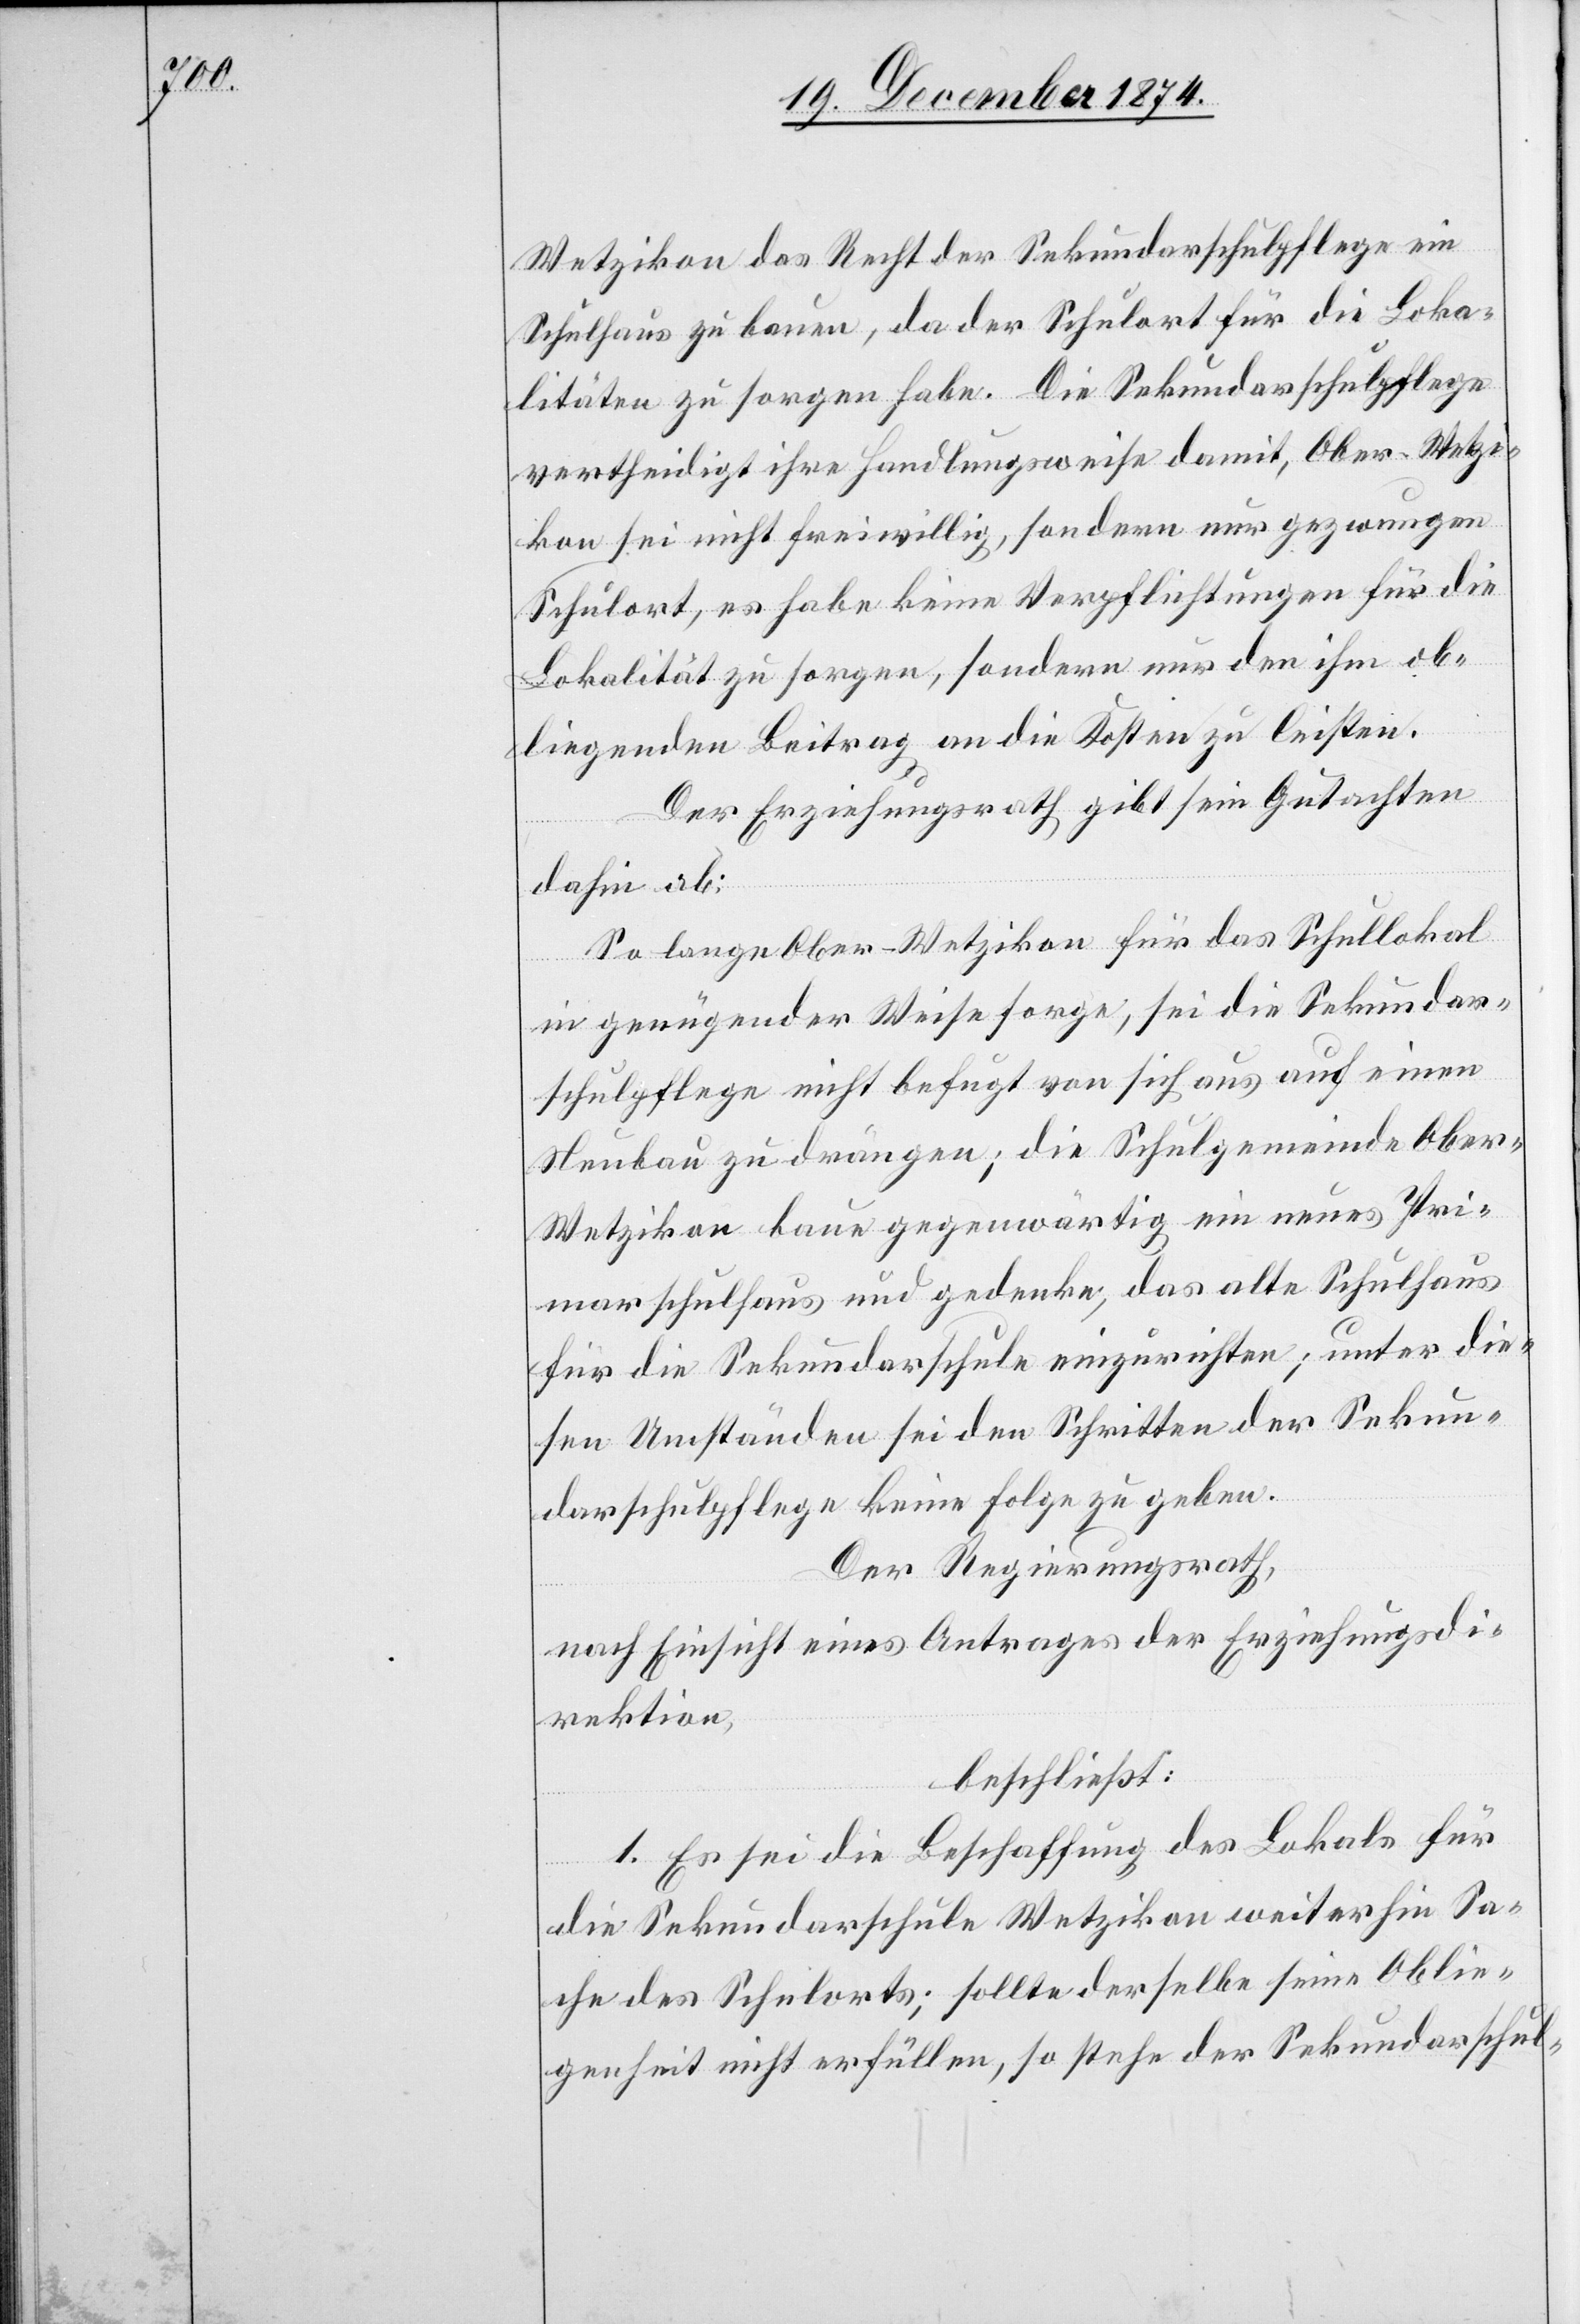
Wetzikon das Recht der Sekundarschulpflege ein
Schulhaus zu bauen, da der Schulort für die Loka¬
litäten zu sorgen habe. Die Sekundarschulpflege
vertheidigt ihre Handlungsweise damit, Ober-Wetzi¬
kon sei nicht freiwillig, sondern nur gezwungen
Schulort, es habe keine Verpflichtungen für die
Lokalität zu sorgen, sondern nur den ihm ob¬
liegenden Beitrag an die Kosten zu leisten.
Der Erziehungsrath gibt sein Gutachten
dahin ab:
So lange Ober-Wetzikon für das Schullokal
in genügender Weise sorge, sei die Sekundar¬
schulpflege nicht befugt von sich aus auf einen
Neubau zu drängen; die Schulgemeinde Ober-W¬
etzikon baue gegenwärtig ein neues Pri¬
marschulhaus und gedenke, das alte Schulhaus
für die Sekundarschule einzurichten; unter die¬
sen Umständen sei den Schritten der Sekun¬
darschulpflege keine Folge zu geben.
Der Regierungsrath,
nach Einsicht eines Antrages der Erziehungsdi¬
rektion,
beschließt:
1. Es sei die Beschaffung des Lokals für
die Sekundarschule Wetzikon weiterhin Sa¬
che des Schulorts; sollte derselbe seine Oblie¬
genheit nicht erfüllen, so stehe der Sekundarschul-